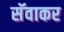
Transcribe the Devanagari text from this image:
सॅवाकर